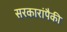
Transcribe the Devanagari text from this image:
सरकारांपैकी